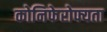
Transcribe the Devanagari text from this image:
कोनिफेरोफ्यता